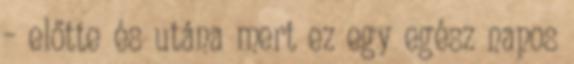
– előtte és utána mert ez egy egész napos